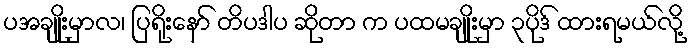
ပအချိုးမှာလ၊ ပြရိုးနော် တိပဒါပ ဆိုတာ က ပထမချိုးမှာ ၃ပိုဒ် ထားရမယ်လို့